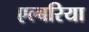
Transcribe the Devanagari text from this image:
एल्बरिया